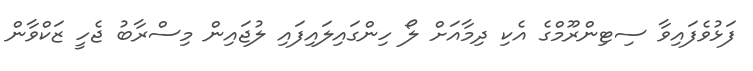
ފަޅުވެފައިވާ ސިޓިންރޫމްގެ އެކި ދިމާއަށް ލޯ ހިންގައިލައިފައި ލުޖައިން މިސްރާބު ޖެހީ ޒަކްވާން